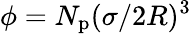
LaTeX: \phi=N_{\mathrm{p}}(\sigma/2R)^{3}